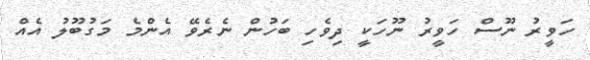
ހަވީރު ނޫސް ހަވީރު ނޫހަކީ ދިވެހި ބަހުން ނެރެވޭ އެންމެ މަގުބޫލު އެއް